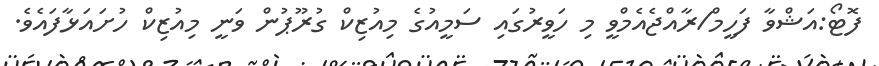
ފޮޓޯ:އަޝްވާ ފަހީމް/ރާއްޖެއެމްވީ މި ހަވީރުގައި ސަމީއުގެ މިއުޒިކް ގުރޫޕުން ވަނީ މިއުޒިކް ހުށައަޅާފައެވެ.